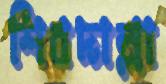
শিবদাল্লা